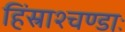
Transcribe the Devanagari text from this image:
हिंस्राश्चण्डाः